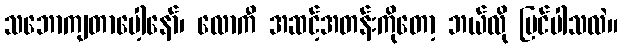
သဘောကျတာပေါ့နော်၊ လောကီ အဆင့်အတန်းကိုတော့ ဘယ်လို မြင်ပါသလဲ။